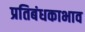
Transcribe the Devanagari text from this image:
प्रतिबंधकाभाव